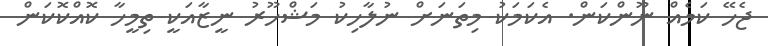
ޖެހޭ ކަމެއް ނޫންކަން. އެކަމަކު މިތަނަށް ނުލާހިކު މަޝްހޫރު ނީޒާއަކީ ތިމީހާ ކޮއްކޮކަން